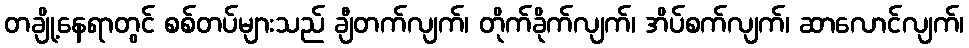
တချို့နေရာတွင် စစ်တပ်များသည် ချီတက်လျက်၊ တိုက်ခိုက်လျက်၊ အိပ်စက်လျက်၊ ဆာလောင်လျက်၊